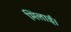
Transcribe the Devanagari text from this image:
मिलाई।